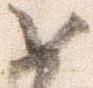
如